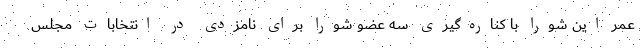
عمر این شورا با کناره‌گیری سه عضو شورا برای نامزدی در انتخابات مجلس